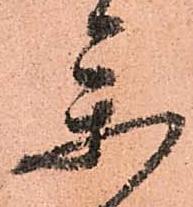
参